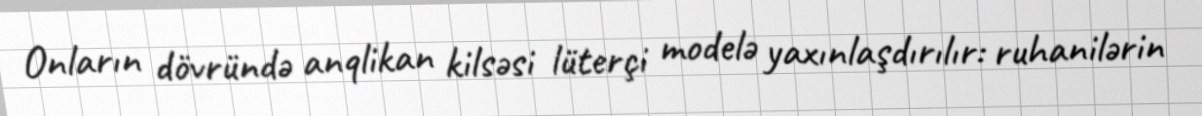
Onların dövründə anqlikan kilsəsi lüterçi modelə yaxınlaşdırılır: ruhanilərin